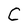
Character: C